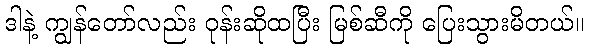
ဒါနဲ့ ကျွန်တော်လည်း ဝုန်းဆိုထပြီး မြစ်ဆီကို ပြေးသွားမိတယ်။